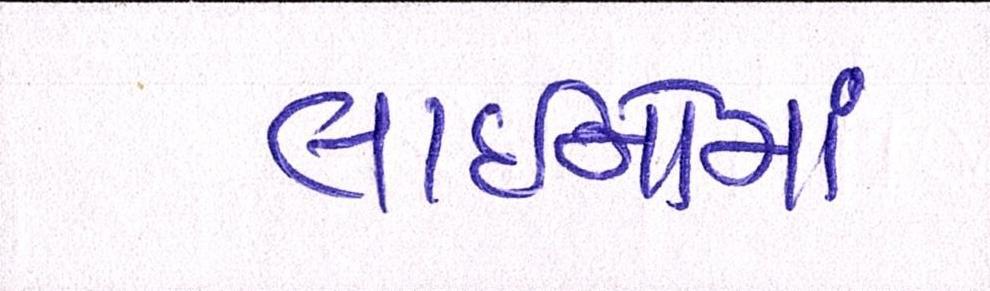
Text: લાઈનોમાં